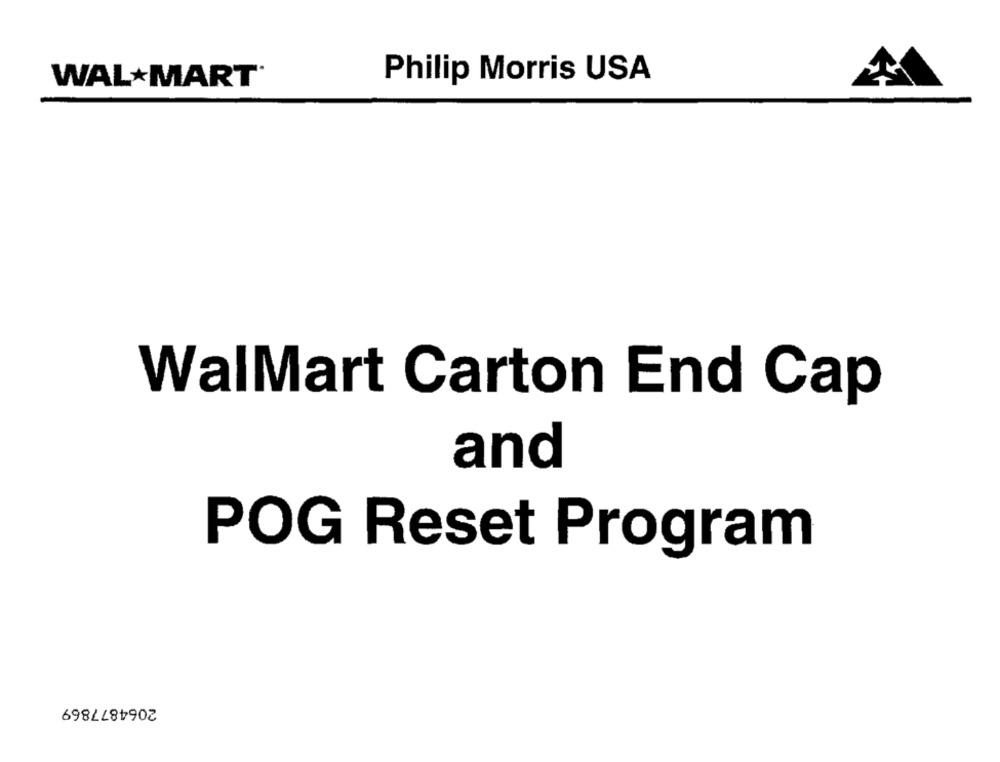
WAL MART®
Philip Morris USA
WalMart Carton End Cap
and
POG Reset Program
2064877869